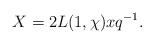
LaTeX: \begin{align*} X=2L(1,\chi)xq^{-1} .\end{align*}